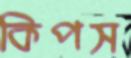
কিপস